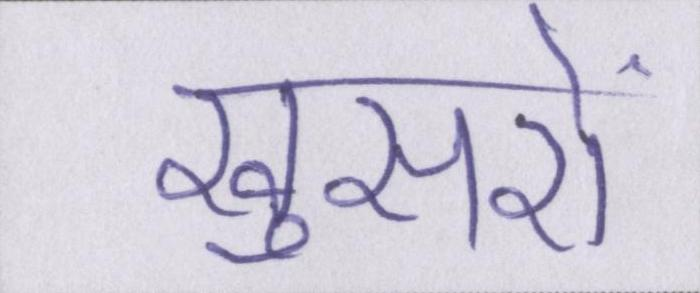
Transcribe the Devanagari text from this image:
खुसरों